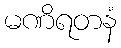
မဏိရတနံ